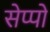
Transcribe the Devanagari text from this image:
सेप्पो